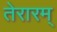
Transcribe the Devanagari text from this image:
तेरारम्‌